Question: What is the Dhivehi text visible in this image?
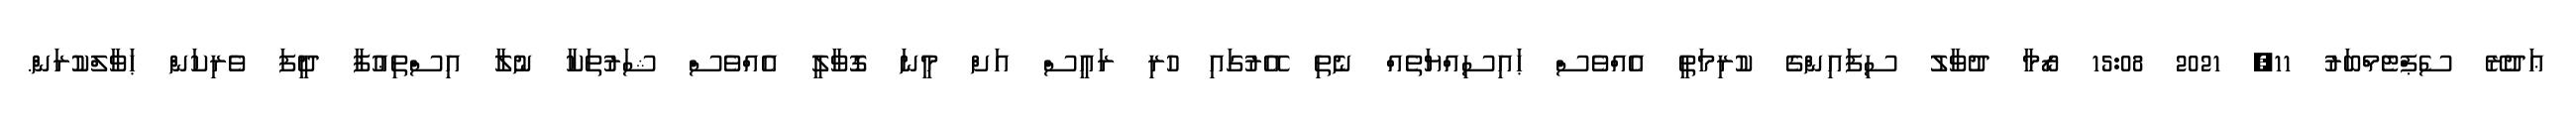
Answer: ޢަދުރޭ ސެޕްޓެމްބަރު 11, 2021 15:08 ރޯމާ ދުވާލު ސިފައިންގެ ކުރިމަތީ އެއްވެސް ޙައިސިއްޔަތެއް ނެތި އޭރުގައި ހުރި ރައީސް އަށް މީނަ ގޮވާލީ އެއްވެސް ޝަރުތަކާ ނުލާ އިސްތިޢުފާ ދީފަ ވެރިކަން ޙަވާލްކުރަން.